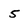
Character: 5